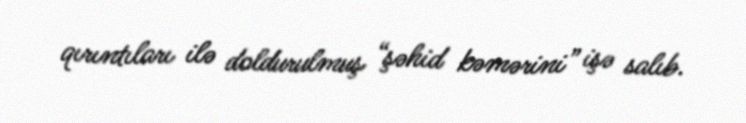
qırıntıları ilə doldurulmuş “şəhid kəmərini” işə salıb.